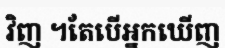
វិញ ។តែបើអ្នកឃើញ